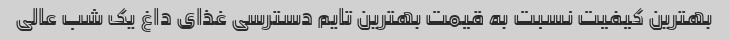
بهترین کیفیت نسبت به قیمت بهترین تایم دسترسی غذای داغ یک شب عالی